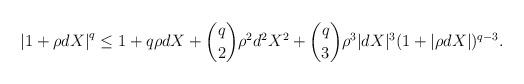
LaTeX: \begin{align*} \left| 1 + \rho d X \right|^{q} \le 1 + q \rho d X + \binom{q}{2}\rho^2 d^2 X^2 + \binom{q}{3}\rho^3|dX|^3(1+|\rho dX|)^{q-3}. \end{align*}